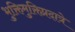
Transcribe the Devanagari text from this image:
भुक्तिमुक्तिप्रदात्रे